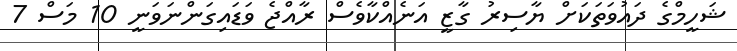
ޝަހީމްގެ ދައުވަތަކަށް ޔާސިރު ގާޒީ އަނެއްކާވެސް ރާއްޖެ ވަޑައިގަންނަވަނީ 10 މަސް 7